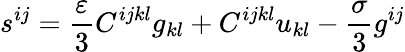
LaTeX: s^{ij}=\frac{\varepsilon}3C^{ijkl}g_{kl}+C^{ijkl}u_{kl}-\frac{\sigma}3g^{ij}